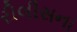
રીલીસના